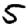
Digit: 5